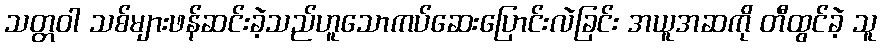
သတ္တဝါ သစ်များဖန်ဆင်းခဲ့သည်ဟူသောကပ်ဆေးပြောင်းလဲခြင်း အယူအဆကို တီထွင်ခဲ့ သူ